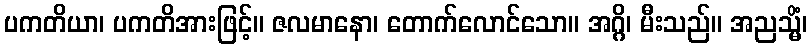
ပကတိယာ၊ ပကတိအားဖြင့်။ ဇလမာနော၊ တောက်လောင်သော။ အဂ္ဂိ၊ မီးသည်။ အညသ္မိံ၊